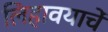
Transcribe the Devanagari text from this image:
लिहावयाचें